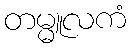
တမ္မူလကံ